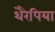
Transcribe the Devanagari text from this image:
थेरैपिया